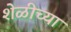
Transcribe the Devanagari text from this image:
शेळीच्या